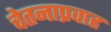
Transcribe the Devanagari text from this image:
चेतनाप्रवाह